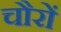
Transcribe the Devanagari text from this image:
चौरों